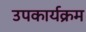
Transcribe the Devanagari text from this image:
उपकार्यक्रम